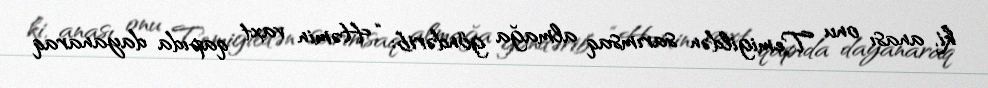
ki, anası onu Temigildən sarımsaq almağa göndərib: “Həmin vaxt qapıda dayanaraq